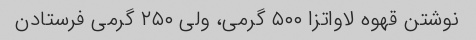
نوشتن قهوه لاواتزا ۵۰۰ گرمی، ولی ۲۵۰ گرمی فرستادن